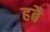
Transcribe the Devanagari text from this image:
हबै